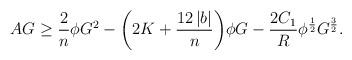
LaTeX: \begin{align*}AG & \geq \frac{2}{n}\phi G^{2} -\bigg(2K+\frac{12\left\vert b\right\vert}{n}\bigg)\phi G-\frac{2C_{1}}{R}\phi^{\frac{1}{2}}G^{\frac{3}{2}}.\end{align*}